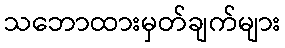
သဘောထားမှတ်ချက်များ